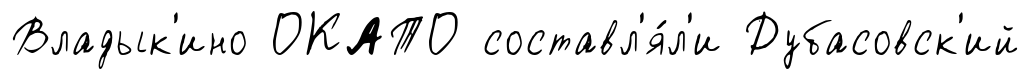
Владык'ино ОКАТО составл'я́л'и Дубасовск'ий